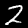
Label: 2